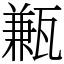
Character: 甉